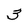
Character: 3